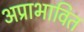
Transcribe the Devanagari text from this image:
अप्राभावित